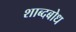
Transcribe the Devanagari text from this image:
शाब्दबोध